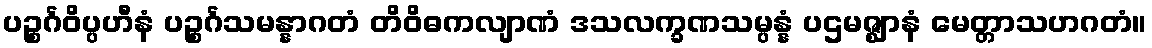
ပဉ္စင်္ဂဝိပ္ပဟီနံ ပဉ္စင်္ဂသမန္နာဂတံ တိဝိဓကလျာဏံ ဒသလက္ခဏသမ္ပန္နံ ပဌမဇ္ဈာနံ မေတ္တာသဟဂတံ။